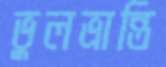
ভুলভ্রান্তি